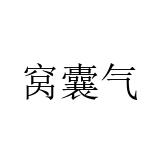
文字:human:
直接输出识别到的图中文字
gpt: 窝囊气